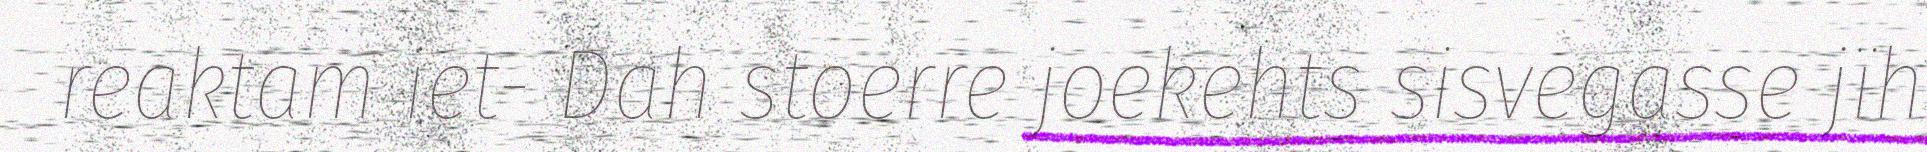
reaktam iet- Dah stoerre joekehts sisvegasse jïh